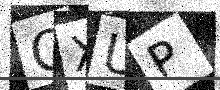
Text: QXUP